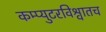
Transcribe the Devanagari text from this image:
कम्प्युटरविश्वातच